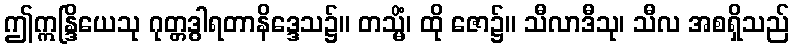
ဤဣန္ဒြိယေသု ဂုတ္တဒွါရတာနိဒ္ဒေသ၌။ တသ္မိံ၊ ထို ဇော၌။ သီလာဒီသု၊ သီလ အစရှိသည်